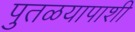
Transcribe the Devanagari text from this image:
पुतळयापाशी